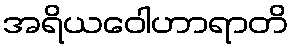
အရိယဝေါဟာရာတိ